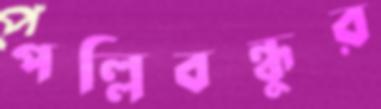
পল্লিবন্ধুর